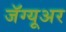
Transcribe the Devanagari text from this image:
जॅग्यूअर